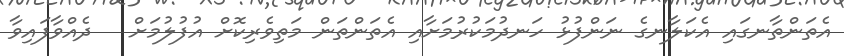
އެތަންތާނގައި އެކަލާނގެ ނަންފުޅު ހަނދުމަކުރުމަށާއި އެތަންތަން މަތިވެރިކޮށް އުފުލުމަށް   ދެއްވާފައިވާ